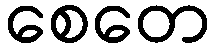
စေတေ